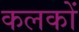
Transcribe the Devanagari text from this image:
कलकों